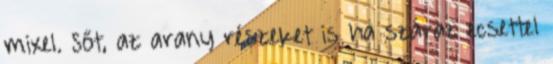
mixel. Sőt, az arany részeket is ha száraz ecsettel